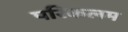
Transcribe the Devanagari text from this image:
परिकलम